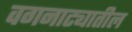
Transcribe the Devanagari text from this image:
वगनाट्यातील